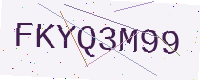
Text: FKYQ3M99